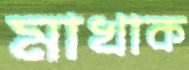
মাখাক